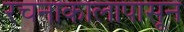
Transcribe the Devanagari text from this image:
रचनाकालापासून